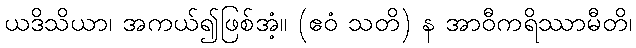
ယဒိသိယာ၊ အကယ်၍ဖြစ်အံ့။ (ဧဝံ သတိ) န အာဝီကရိဿာမီတိ၊